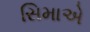
સિમાએ